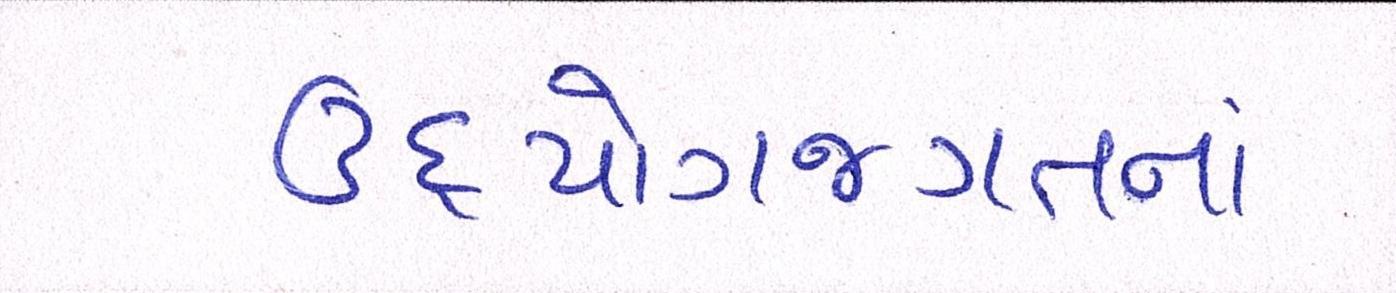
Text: ઉદ્યોગજગતનાં